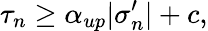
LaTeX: \tau_{n}\geq\alpha_{up}|\sigma_{n}^{\prime}|+c,